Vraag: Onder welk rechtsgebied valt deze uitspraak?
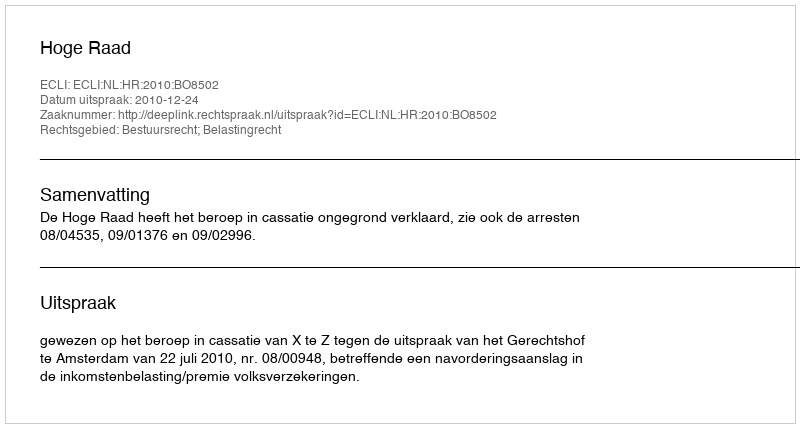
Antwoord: Bestuursrecht; Belastingrecht